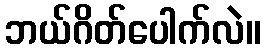
ဘယ်ဂိတ်ပေါက်လဲ။